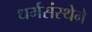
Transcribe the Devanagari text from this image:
धर्मसंस्थेने